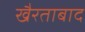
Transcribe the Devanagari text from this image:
खैरताबाद